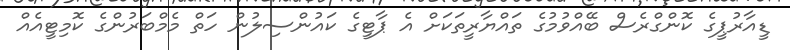
ޑީއާރުޕީގެ ކޮންގްރެސް ބޭއްވުމުގެ ތައްޔާރީތަކަށް އެ ޕާޓީގެ ކައުންސިލުން ހަތް މެމްބަރުންގެ ކޮމިޓީއެއް